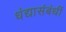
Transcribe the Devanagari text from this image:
धंद्यासंबंधीं